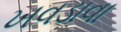
ખવડાવા